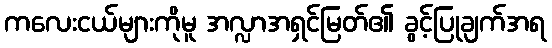
ကလေးငယ်များကိုမူ အလ္လာအရှင်မြတ်၏ ခွင့်ပြုချက်အရ